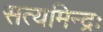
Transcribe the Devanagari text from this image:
सत्यमिन्द्रः